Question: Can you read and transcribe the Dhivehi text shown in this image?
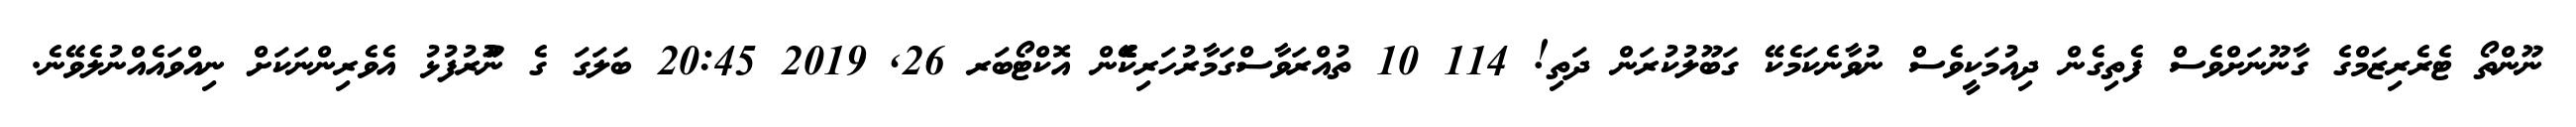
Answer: ނޫންތޯ ޓެރެރިޒަމްގެ ގާނޫނަށްވެސް ފެތިގެން ދިއުމަކީވެސް ނުވާނެކަމެކޭ ގަބޫލުކުރަން ދަތި! 114 10 ތުއްރަވާސްގަމާރުހަރިކެެެޭެން އޮކްޓޯބަރ 26, 2019 20:45 ބަލަގަ ގެ ނުުޫރުފުޅު އެވެރިންނަކަށް ނިއްވައެއްނުލެވޭނެ.